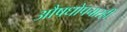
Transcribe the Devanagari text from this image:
औषधोपचारही